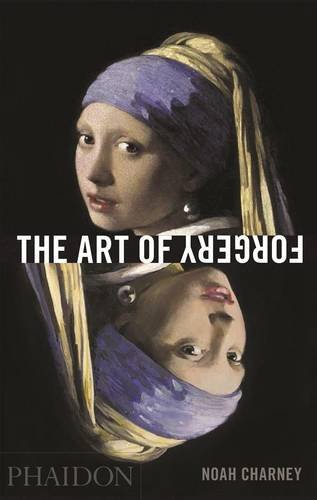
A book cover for The Art of Forgery: The Minds, Motives and Methods of the Master Forgers; Noah Charney; Arts & Photography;